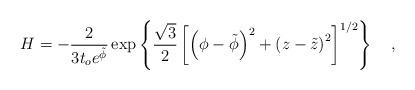
LaTeX: \begin{align*}H=-\frac{2}{3t_{o} e^{\tilde{\phi}}} \exp \left\{ \frac{\sqrt{3}}{2}\left[ \left( \phi-\tilde{\phi} \right) ^{2}+ \left( z-\tilde{z} \right) ^{2} \right] ^{1/2} \right\} ~~~,\end{align*}